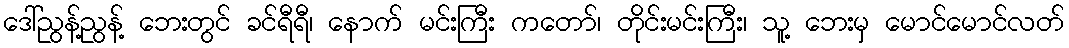
ဒေါ်ညွန့်ညွန့် ဘေးတွင် ခင်ရီရီ၊ နောက် မင်းကြီး ကတော်၊ တိုင်းမင်းကြီး၊ သူ့ ဘေးမှ မောင်မောင်လတ်